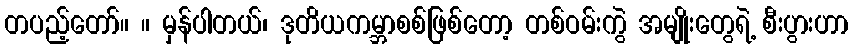
တပည့်တော်။ ။ မှန်ပါတယ်၊ ဒုတိယကမ္ဘာစစ်ဖြစ်တော့ တစ်ဝမ်းကွဲ အမျိုးတွေရဲ့ စီးပွားဟာ